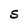
Character: S